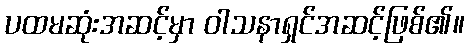
ပထမဆုံးအဆင့်မှာ ဝါသနာရှင်အဆင့်ဖြစ်၏။